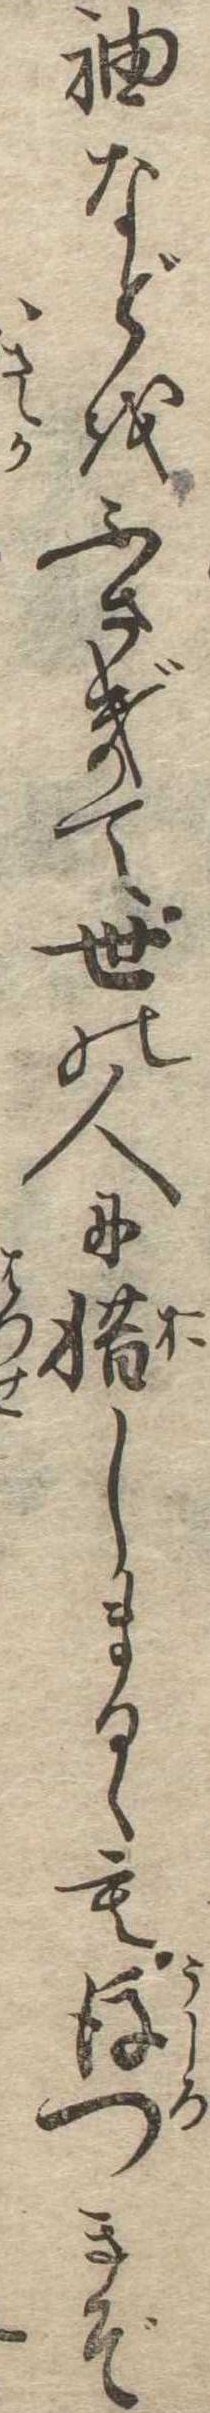
袖などをふさぎて世の人に惜しまるゝも後つきぞ